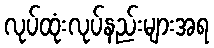
လုပ်ထုံးလုပ်နည်းများအရ